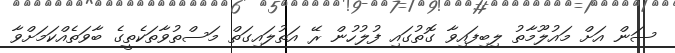
ސަން އަށް މައުލޫމާތު ލިބިފައިވާ ގޮތުގައި ފުލުހުން ރޭ އަތުލައިގަތް މަސްތުވާތަކެތީގެ ބާވަތެއްކަމަށްވާ